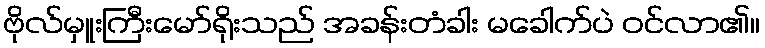
ဗိုလ်မှူးကြီးမော်ရိုးသည် အခန်းတံခါး မခေါက်ပဲ ဝင်လာ၏။